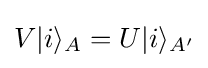
V|i\rangle _{A}=U|i\rangle _{A'}